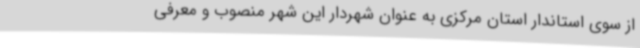
از سوی استاندار استان مرکزی به عنوان شهردار این شهر منصوب و معرفی